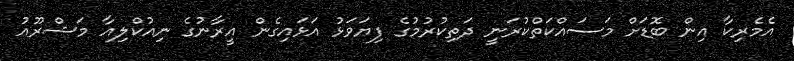
އެމެރިކާ އިން ބޮޑަށް މަސައްކަތްކުރަނީ ދަތިކުރުމުގެ ފިޔަވަޅު އަޅައިގެން އީރާނުގެ ނިއުކްލިއާ މަޝްރޫއު